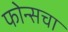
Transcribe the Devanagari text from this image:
फोन्सचा